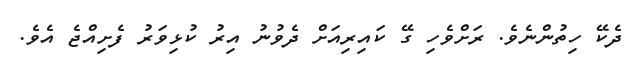
ދެކޭ ހިތުންނެވެ. ރަށްވެހި ގޭ ކައިރިއަށް ދެވުނު އިރު ކުޅިވަރު ފެށިއްޖެ އެވެ.